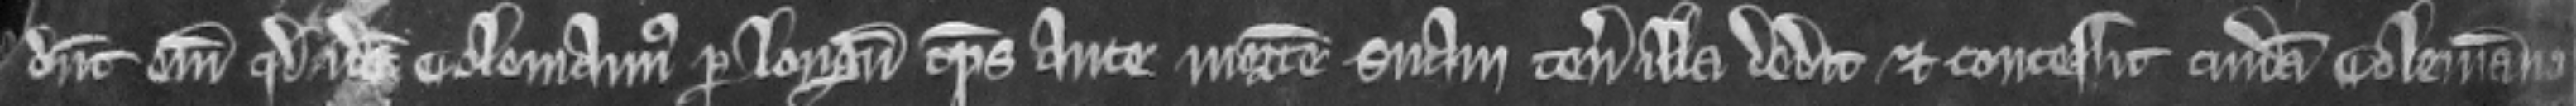
dicunt enim quod idem Colemannus per longum tempus ante mortem suam tenementa illa dedit et concessit cuidam Colemanno